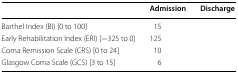
<table><thead><tr><td>[EMPTY_CELL]</td><td><b>Admission</b></td><td><b>Discharge</b></td></tr></thead><tbody><tr><td>Barthel Index (BI) [0 to 100]</td><td>15</td><td>[EMPTY_CELL]</td></tr><tr><td>Early Rehabilitation Index (ERI) [−325 to 0]</td><td>125</td><td>[EMPTY_CELL]</td></tr><tr><td>Coma Remission Scale (CRS) [0 to 24]</td><td>10</td><td>[EMPTY_CELL]</td></tr><tr><td>Glasgow Coma Scale (GCS) [3 to 15]</td><td>6</td><td>[EMPTY_CELL]</td></tr></tbody></table>